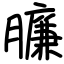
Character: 臁